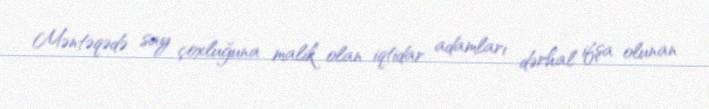
Məntəqədə say çoxluğuna malik olan iqtidar adamları dərhal ifşa olunan